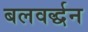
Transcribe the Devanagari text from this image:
बलवर्द्धन